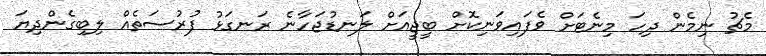
މެޗު ނިމެން ދިހަ މިނެޓަށް ވެފައިވަނިކޮށް ބީޖީއަށް ލަނޑުޖަހާނެ ރަނގަޅު ފުރުސަތެއް ލިބިގެންދިޔަ